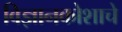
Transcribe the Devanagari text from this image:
विज्ञानकोशाचे